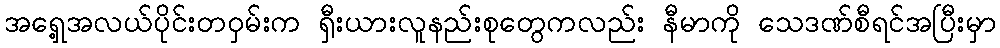
အရှေ့အလယ်ပိုင်းတဝှမ်းက ရှီးယားလူနည်းစုတွေကလည်း နီမာကို သေဒဏ်စီရင်အပြီးမှာ